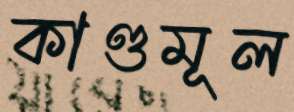
কাণ্ডমূল